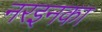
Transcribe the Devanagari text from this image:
नरइनका